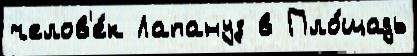
челов'е́к Лапануз в Пло́щадь